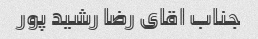
جناب اقای رضا رشید پور